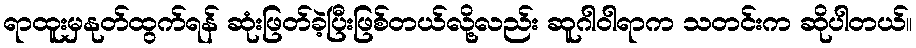
ရာထူးမှနုတ်ထွက်ရန် ဆုံးဖြတ်ခဲ့ပြီးဖြစ်တယ်လို့လည်း ဆူဂါဝါရာက သတင်းက ဆိုပါတယ်။